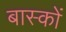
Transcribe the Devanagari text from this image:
बास्कों